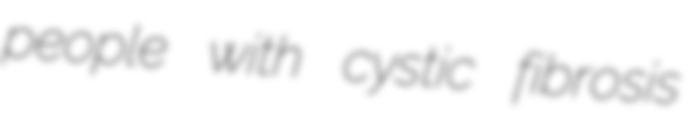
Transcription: people with cystic fibrosis